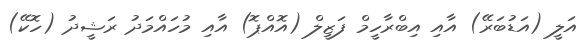
އަލީ (އަޑުބަރޭ) އާއި އިބްރާހީމް ފަޒީލް (އޮއްޕޮ) އާއި މުހައްމަދު ރަޝީދު (ހޮކޭ)